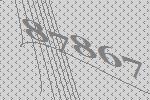
87867